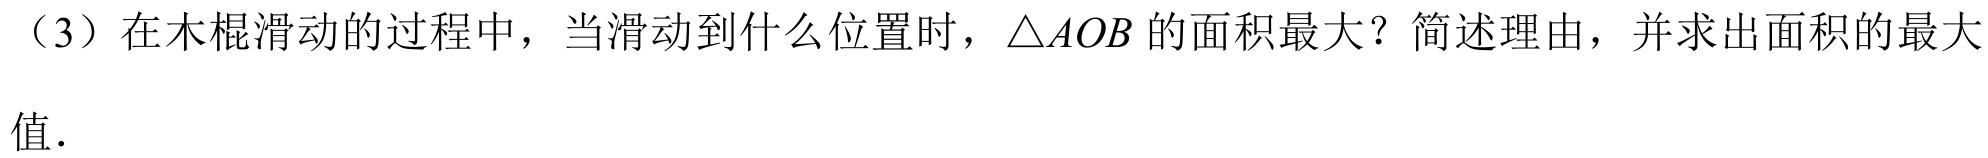
（3）在木棍滑动的过程中，当滑动到什么位置时，\(\triangle AOB\)的面积最大？简述理由，并求出面积的最大值.